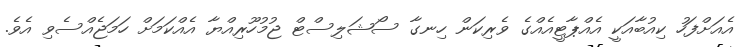
އެއަށްފަހު ކިއުބާއަކީ އެއްޕާޓީއެއްގެ ވެރިކަން ހިނގާ ސޯޝަލިސްޓް ޖުމުހޫރިއްޔާ އެއްކަމަށް ހަމަޖެއްސެވި އެވެ.